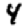
Digit: 4